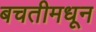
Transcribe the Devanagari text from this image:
बचतीमधून